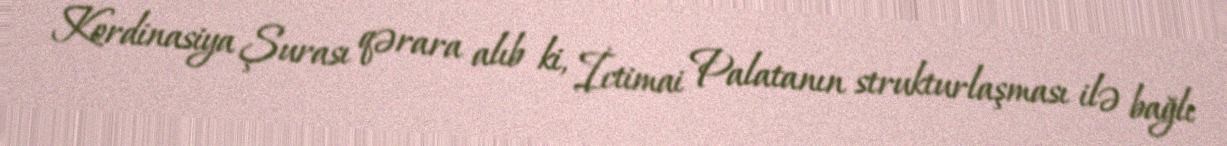
Kordinasiya Şurası qərara alıb ki, İctimai Palatanın strukturlaşması ilə bağlı